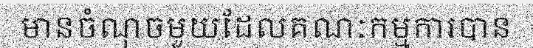
មានចំណុចមួយដែលគណៈកម្មការបាន